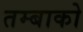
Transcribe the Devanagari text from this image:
तम्बाको